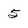
Character: 5